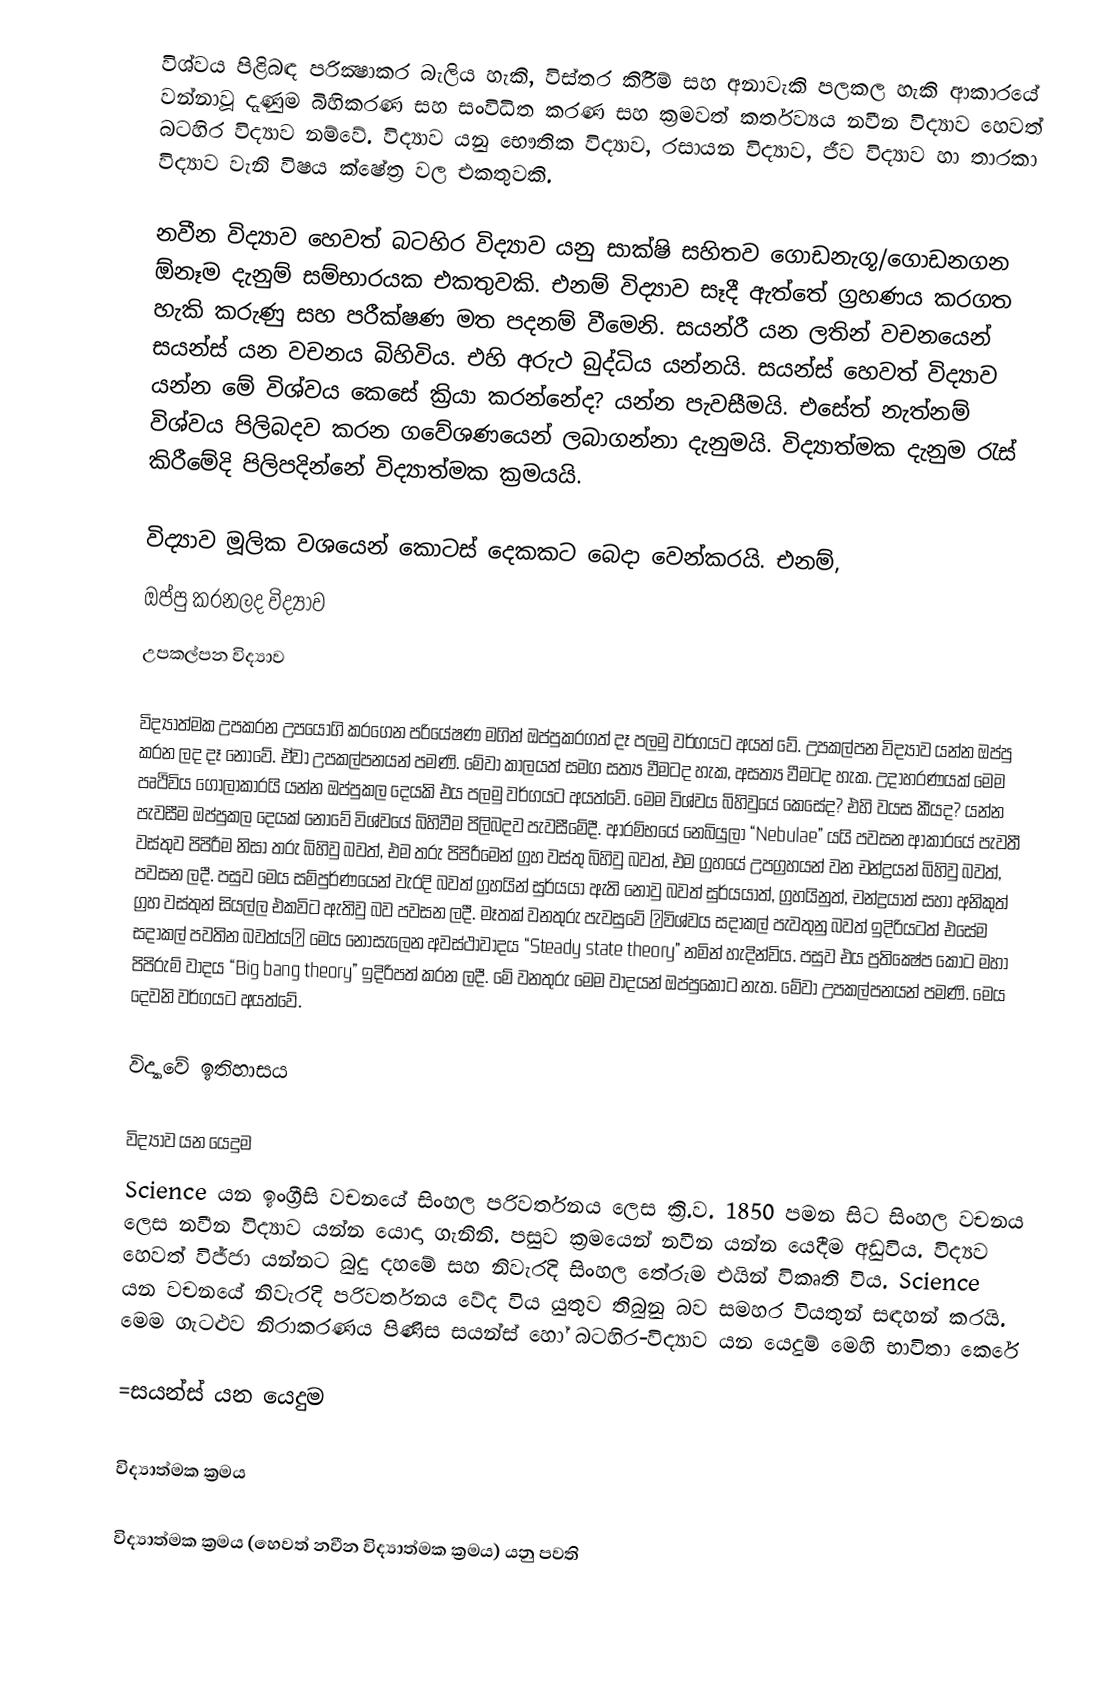
විශ්වය පිළිබඳ පරික්‍ෂාකර බැලිය හැකි, විස්තර කිිරීම් සහ අනාවැකි පලකල හැකි ආකාරයේ වන්නාවූ දැණුම බිහිකරණ සහ සංවිධිත කරණ සහ ක්‍රමවත් කර්තව්‍යය නවීන විද්‍යාව හෙවත් බටහිර විද්‍යාව නම්වේ. විද්‍යාව යනු භෞතික විද්‍යාව, රසායන විද්‍යාව, ජීව විද්‍යාව හා තාරකා විද්‍යාව වැනි විෂය ක්ෂේත්‍ර වල එකතුවකි.

නවීන විද්‍යාව හෙවත් බටහිර විද්‍යාව යනු සාක්ෂි සහිතව ගොඩනැගූ/ගොඩනගන ඕනෑම දැනුම් සම්භාරයක එකතුවකි. එනම් විද්‍යාව සෑදී ඇත්තේ ග්‍රහණය කරගත හැකි කරුණු සහ පරීක්ෂණ මත පදනම් වීමෙනි. සයන්රී යන ලතින් වචනයෙන් සයන්ස් යන වචනය බිහිවිය. එහි අරුථ බුද්ධිය යන්නයි. සයන්ස් හෙවත් විද්‍යාව යන්න මේ විශ්වය කෙසේ ක්‍රියා කරන්නේද? යන්න පැවසීමයි. එසේත් නැත්නම් විශ්වය පිලිබදව කරන ගවේශණයෙන් ලබාගන්නා දැනුමයි. විද්‍යාත්මක දැනුම රැස් කිරීමේදි පිලිපදින්නේ විද්‍යාත්මක ක්‍රමයයි.

විද්‍යාව මූලික වශයෙන් කොටස් දෙකකට බෙදා වෙන්කරයි. එනම්,
ඔප්පු කරනලද විද්‍යාව
උපකල්පන විද්‍යාව

විද්‍යාත්මක උපකරන උපයෝගි කරගෙන පරියේෂණ මගින් ඔප්පුකරගත් දෑ පලමු වර්ගයට අයත් වේ. උපකල්පන විද්‍යාව යන්න ඔප්පු කරන ලද දෑ නොවේ. ඒවා උපකල්පනයන් පමණි. මේවා කාලයත් සමග සත්‍ය වීමටද හැක, අසත්‍ය වීමටද හැක. උදාහරණයක් මෙම පෘථිවිය ගෝලාකාරයි යන්න ඔප්පුකල දෙයකි එය පලමු වර්ගයට අයත්වේ. මෙම විශ්වය බිහිවුයේ කෙසේද? එහි වයස කීයද? යන්න පැවසීම ඔප්පුකල දෙයක් නොවේ විශ්වයේ බිහිවීම පිලිබදව පැවසීමේදී. ආරම්භයේ නෙබියුලා “Nebulae” යයි පවසන ආකාරයේ පැවතී වස්තුව පිපිරීම නිසා තරු බිහිවු බවත්, එම තරු පිපිරීමෙන් ග්‍රහ වස්තු බිහිවු බවත්, එම ග්‍රහයේ උපග්‍රහයන් වන චන්ද්‍රයන් බිහිවු බවත්, පවසන ලදී. පසුව මෙය සම්පුර්ණයෙන් වැරදි බවත් ග්‍රහයින් සුර්යයා ඇති නොවු බවත් සුර්යයාත්, ග්‍රහයිනුත්, චන්ද්‍රයාත් සහා අනිකුත් ග්‍රහ වස්තුන් සියල්ල එකවිට ඇතිවු බව පවසන ලදී. මෑතක් වනතුරු පැවසුවේ ″විශ්වය සදාකල් පැවතුනු බවත් ඉදිරියටත් එසේම සදාකල් පවතින බවත්ය″ මෙය නොසැලෙන අවස්ථාවාදය “Steady state theory” නමින් හැදින්විය. පසුව එය ප්‍රතික්‍ෂේප කොට මහා පිපිරුම් වාදය “Big bang theory” ඉදිරිපත් කරන ලදී. මේ වනතුරු මෙම වාදයන් ඔප්පුකොට නැත. මේවා උපකල්පනයන් පමණි. මෙය දෙවනි වර්ගයට අයත්වේ.

විද්‍යාවේ ඉතිහාසය

විද්‍යාව යන යෙදුම
Science යන ඉංග්‍රීසි වචනයේ සිංහල පරිවර්තනය ලෙස ක්‍රි.ව. 1850 පමන සිට සිංහල වචනය ලෙස නවීන විද්‍යාව යන්න යොදා ගැනිනි. පසුව ක්‍රමයෙන් නවීන යන්න යෙදීම අඩුවිය. විද්‍යව හෙවත් විජ්ජා යන්නට  බුදු දහමේ සහ නිවැරදි සිංහල තේරුම එයින් විකෘති විය. Science යන වචන‍යේ නිවැරදි පරිවර්තනය වේද විය යුතුව තිබුනු බව සමහර වියතුන්‍ සඳහන් කරයි. ‍මෙම ගැටළුව නිරාකරණය පිණිස සයන්ස් හෝ බටහිර-විද්‍යාව යන යෙදුම් මෙහි භාවිතා කෙරේ

=සයන්ස් යන යෙදුම

විද්‍යාත්මක ක්‍රමය

විද්‍යාත්මක ක්‍රමය (හෙවත් නවීන විද්‍යාත්මක ක්‍රමය) යනු පවති